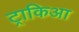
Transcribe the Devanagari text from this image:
ट्राकिआ